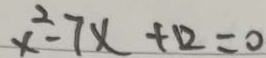
x ^ { 2 } - 7 x + 1 2 = 0